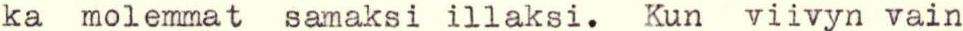
ka molemmat samaksi illaksi. Kun viivyn vain